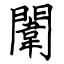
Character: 闈